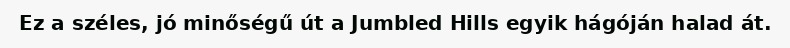
Ez a széles, jó minőségű út a Jumbled Hills egyik hágóján halad át.